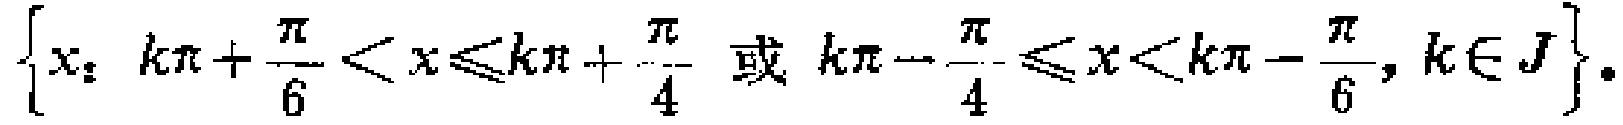
\(\{x_{：} k\pi+\frac{\pi}{6}<x\leqslant k\pi+\frac{\pi}{4} \text{ 或 } k\pi - \frac{\pi}{4}\leqslant x<k\pi - \frac{\pi}{6}, k\in J\}\)